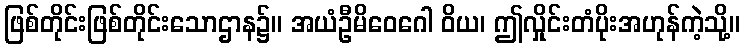
ဖြစ်တိုင်းဖြစ်တိုင်းသောဌာန၌။ အယံဦမိဝေဂေါ ဝိယ၊ ဤလှိုင်းတံပိုးအဟုန်ကဲ့သို့။